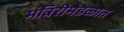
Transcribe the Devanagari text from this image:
मंत्रिरीमंडळात